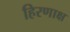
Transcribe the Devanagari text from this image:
हिरणाक्ष